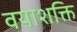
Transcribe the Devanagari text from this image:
वयाशक्ति